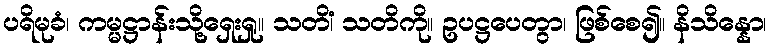
ပရိမုခံ၊ ကမ္မဋ္ဌာန်းသို့ရှေးရှု။ သတိံ၊ သတိကို။ ဥပဋ္ဌပေတွာ၊ ဖြစ်စေ၍။ နိသိန္နော၊